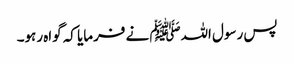
پس رسول اللہﷺ نے فرمایا کہ گواہ رہو۔